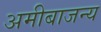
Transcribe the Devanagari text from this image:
अमीबाजन्य